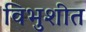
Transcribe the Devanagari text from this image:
विभुशीत